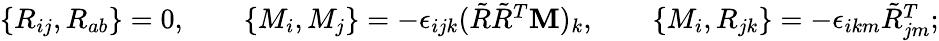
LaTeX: \begin{array}{r}{\{ R_{ij},R_{ab}\} =0,\qquad\{ M_{i},M_{j}\} =-\epsilon_{ijk}(\tilde{R}\tilde{R}^{T}{\mathbf M})_{k},\qquad\{ M_{i},R_{jk}\} =-\epsilon_{ikm}\tilde{R}_{jm}^{T};}\end{array}